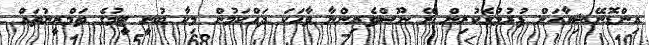
އިންޑޮނޭޝިއާއަށް ފުރުމުގެކުރިން ރޭ ނޫސްވެރިންނާ ވާހަކަ ދައްކަމުން މިކާ ބުނީ ޓީމުގެ ތަމްރީނުތައް